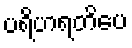
ပရိဟရတိပေ